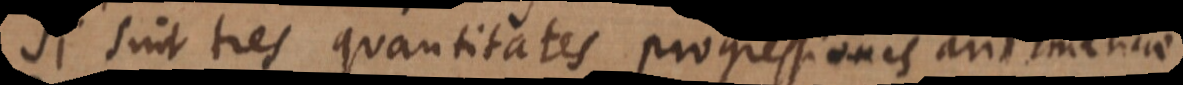
Si sint tres quantitates progressionis arithmeticae,